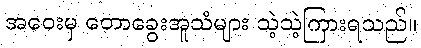
အဝေးမှ တောခွေးအူသံများ သဲ့သဲ့ကြားရသည်။